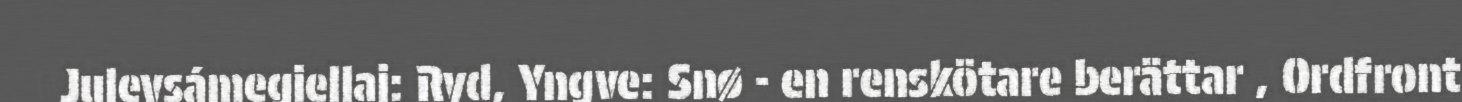
Julevsámegiellaj: Ryd, Yngve: Snø - en renskötare berättar , Ordfront